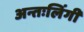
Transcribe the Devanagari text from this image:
अन्तःलिंगी